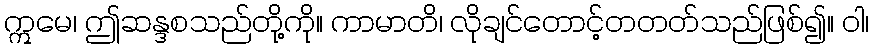
ဣမေ၊ ဤဆန္ဒစသည်တို့ကို။ ကာမာတိ၊ လိုချင်တောင့်တတတ်သည်ဖြစ်၍။ ဝါ၊